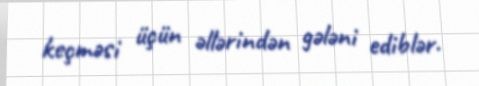
keçməsi üçün əllərindən gələni ediblər.